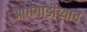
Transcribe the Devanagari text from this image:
आगगाडीच्याच